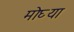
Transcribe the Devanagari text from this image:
मोघ्या